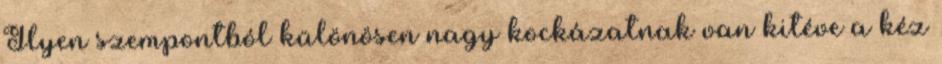
Ilyen szempontból különösen nagy kockázatnak van kitéve a kéz